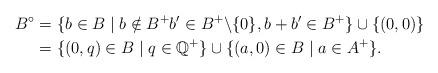
LaTeX: \begin{align*}B^\circ &=\{b\in B\mid b\notin B^+b'\in B^+\backslash\{0\}, b+b'\in B^+\}\cup\{(0,0)\}\\&=\{(0,q)\in B\mid q\in\mathbb{Q}^+\}\cup\{(a,0)\in B\mid a\in A^+\}.\end{align*}